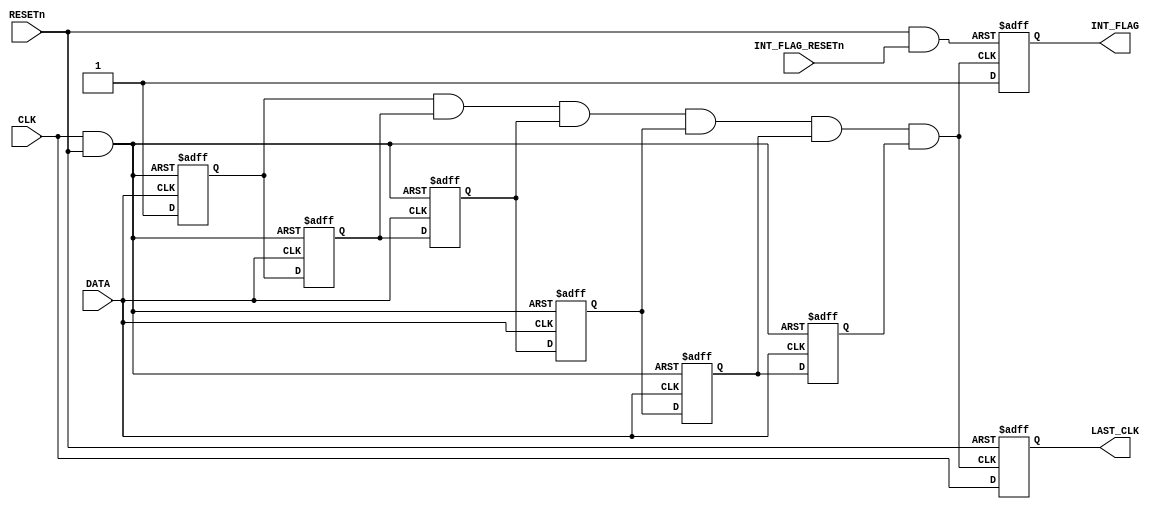
module lname_mbus_swapper (
    input      CLK,
    input      RESETn,
    input      DATA,
    input      INT_FLAG_RESETn,
    output reg LAST_CLK,
    output reg INT_FLAG
    );
    wire negp_reset;
    wire posp_reset;
    reg  pose_negp_clk_0; 
    reg  nege_negp_clk_1; 
    reg  pose_negp_clk_2;
    reg  nege_negp_clk_3;
    reg  pose_negp_clk_4;
    reg  nege_negp_clk_5;
    wire negp_int;        
    wire int_resetn;
    assign negp_reset = ~( CLK && RESETn);
    always @(posedge DATA or posedge negp_reset) begin
        if (negp_reset) begin
            pose_negp_clk_0 = 0;
            pose_negp_clk_2 = 0;
            pose_negp_clk_4 = 0;
        end
        else begin
            pose_negp_clk_0 = 1;
            pose_negp_clk_2 = nege_negp_clk_1;
            pose_negp_clk_4 = nege_negp_clk_3;
        end
    end
    always @(negedge DATA or posedge negp_reset) begin
        if (negp_reset) begin
            nege_negp_clk_1 = 0;
            nege_negp_clk_3 = 0;
            nege_negp_clk_5 = 0;
        end
        else begin
            nege_negp_clk_1 = pose_negp_clk_0;
            nege_negp_clk_3 = pose_negp_clk_2;
            nege_negp_clk_5 = pose_negp_clk_4;
        end
    end
    assign negp_int = pose_negp_clk_0 && nege_negp_clk_1 &&
                      pose_negp_clk_2 && nege_negp_clk_3 &&
                      pose_negp_clk_4 && nege_negp_clk_5;
    assign int_resetn = RESETn && INT_FLAG_RESETn;
    always @(posedge negp_int or negedge int_resetn) begin
        if (~int_resetn) INT_FLAG = 0;
        else             INT_FLAG = 1;
    end
    always @(posedge negp_int or negedge RESETn) begin
        if (~RESETn) LAST_CLK = 0;
        else         LAST_CLK = CLK;
    end
 endmodule